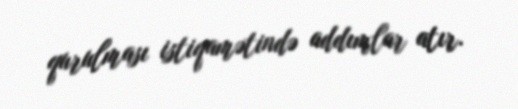
qurulması istiqamətində addımlar atır.